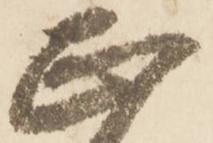
正